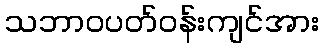
သဘာဝပတ်ဝန်းကျင်အား